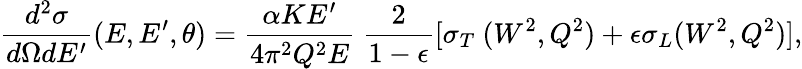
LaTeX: {\frac{d^{2}\sigma}{d\Omega dE^{\prime}}}(E,E^{\prime},\theta)={\frac{\alpha KE^{\prime}}{4\pi^{2}Q^{2}E}}\ {\frac{2}{1-\epsilon}}[\sigma_{T}\ (W^{2},Q^{2})+\epsilon\sigma_{L}(W^{2},Q^{2})],